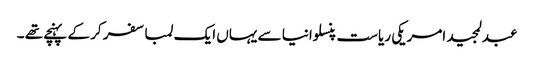
عبدلمجید امریکی ریاست پنسلوانیا سے یہاں ایک لمبا سفر کر کے پہنچے تھے ۔